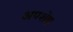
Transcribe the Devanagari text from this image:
अपशेष